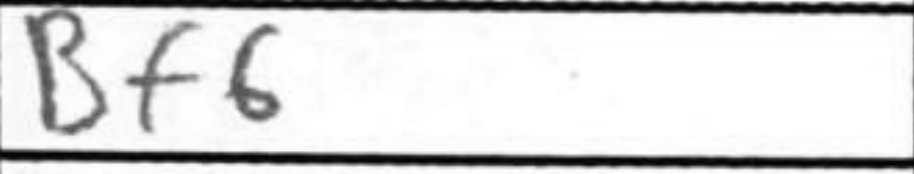
Transcription: Bf6